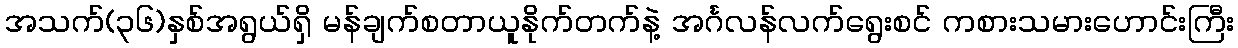
အသက်(၃၆)နှစ်အရွယ်ရှိ မန်ချက်စတာယူနိုက်တက်နဲ့ အင်္ဂလန်လက်ရွေးစင် ကစားသမားဟောင်းကြီး